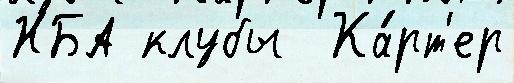
НБА клубы  Ка́рт'ер